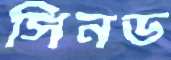
সিনড